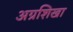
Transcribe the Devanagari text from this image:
अग्रशिखा